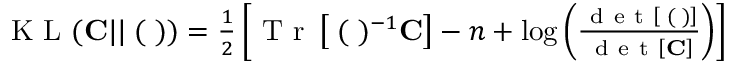
\begin{array} { r } { \mathrm { ~ K ~ L ~ } ( { \bf C } | | { \bf \Xi } ( { \bf \Lambda } ) ) = \frac { 1 } { 2 } \left[ \mathrm { ~ T ~ r ~ } \left[ { \bf \Xi } ( { \bf \Lambda } ) ^ { - 1 } { \bf C } \right] - n + \log \left( \frac { \mathrm { ~ d ~ e ~ t ~ } \left[ { \bf \Xi } ( { \bf \Lambda } ) \right] } { \mathrm { ~ d ~ e ~ t ~ } \left[ { \bf C } \right] } \right) \right] } \end{array}